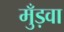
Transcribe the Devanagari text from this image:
मुँड़वा